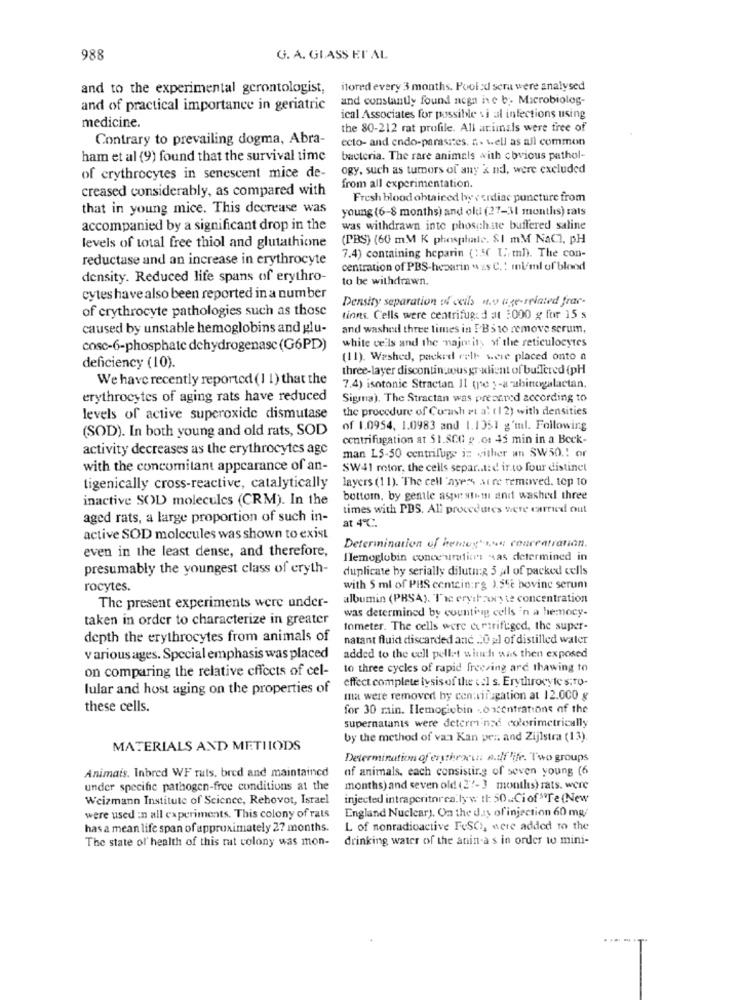
988
G. A. GLASS ET AL
and to the experimental gerontologist,
itored every 3 months. Pool xd sera were analysed
and constantly found nega ive b ;. Microbiolog-
and of practical importance in geriatric
ical Associates for possible vi al infections using
medicine.
the 80-212 rat profile. All animals were free of
Contrary to prevailing dogma, Abra-
ecto- and endo-parasites, . well as all common
ham et al (9) found that the survival time
bacteria. The rare animals with obvious pathol-
ogy, such as tumors of any & nd, were excluded
of crythrocytes in senescent mice de-
creased considerably, as compared with
from all experimentation.
Fresh blood obtained by's ardiac puncture from
that in young mice. This decrease was
young (6-8 months) and old (27-31 months) rats
accompanied by a significant drop in the
was withdrawn inte phosphate buffered saline
(PBS) (60 mM K phosphate. &I mM NaC], pH
levels of total free thiol and glutathione
reductase and an increase in erythrocyte
7.4) containing heparin (13( U. mh). The con-
centration of PBS-heparin was C .: ml/ml of blood
density. Reduced life spans of erythro-
to be withdrawn.
cytes have also been reported in a number
Density separation of ceibs it. age-related fras-
of erythrocyte pathologies such as those
tions. Cells were centrifuged at 3000 g for 15 s
caused by unstable hemoglobins and glu-
and washed three times in I'B'S to remove serum,
white cells and the majority of the reticulocytes
cosc-6-phosphate dehydrogenase (G6PD)
(11). Washed, packed rell- were placed onto a
deficiency (10).
three-layer discontinuous gr wlient of bu:Tered (pH
We have recently reported ( 1 1) that the
7.4) isotonic Stractan II (pe )-a abinogalactan.
erythrocytes of aging rats have reduced
Sigma). The Stractan was prepared according to
the procedure of Curash ri a: (1 2) with densities
levels of active superoxide dismutase
(SOD). In both young and old rats, SOD
of 1.0954, 1.0983 and 1.1351 g'ml. Following
centrifugation at $1.8Cl g .ot 45 min in a Beck-
activity decreases as the erythrocytes age
man L5-50 centrifuge iz wither un SW50 .! or
with the concomitant appearance of an-
SW41 rotor, the cells separat: d ir.to four distinet
layers (11). The cell "ayers acre removed. top to
tigenically cross-reactive, catalytically
inactive SOD molecules (CRM). In the
bottom, by gentle aspr stem and washed three
times with PDS. All procedures were carried out
aged rats, a large proportion of such in-
at 4℃.
active SOD molecules was shown to exist
even in the least dense, and therefore,
Determination of hemeg" ..... concentration.
Ilemoglobin conce urafinns was determined in
presumably the youngest class of eryth-
duplicate by serially dilutn :? 3 al of packed cells
rocytes.
with 5 ml of PHS centein:rg ).Ste bovine serum
albumin (PHSA). Tie eryifzory te concentration
The present experiments were under-
was determined by counting cells 'n a hemocy-
taken in order to characterize in greater
tometer. The cells were ertrifuged, the super-
depth the erythrocytes from animals of
natant fluid discarded and 220 pl of distilled water
various ages. Special emphasis was placed
added to the cell pellet which was then exposed
on comparing the relative cffects of cel-
to three cycles of rapid freezing ard thawing to
effect complete lysis of the tal s. Erythrocyte s;To-
lular and host aging on the properties of
ma were removed by centrifugation at 12.000 g
these cells.
for 30 min. Ilemogiebin .. oncentrations of the
supernatanis were determined colorimetrically
by the method of van Kan pen and Zijlstra (13).
MATERIALS AND METHODS
Determination of erythrocui: A.dif 'ife. Two groups
Animais. Inbred WF ruts, bred and maintained
of animals, each consisting of seven young (6
under specific pathogen-free conditions at the
months) and seven old (27-3 months) rats. were
Weizmann Institute of Science, Rehovot, Israel
injected intrapcritorea.lyw tt: 50 .. Ci of"Te (New
England Nuclear). On the day of injection 60 mg,
were used :n all experiments. This colony of rats
has a mean life span of approximately 27 months.
L of nonradioactive FeSC), were added to the
The state of health of this rat colony was mon-
drinking water of the anin-a s in order to mini-